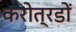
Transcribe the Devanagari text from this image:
करोत्रडों